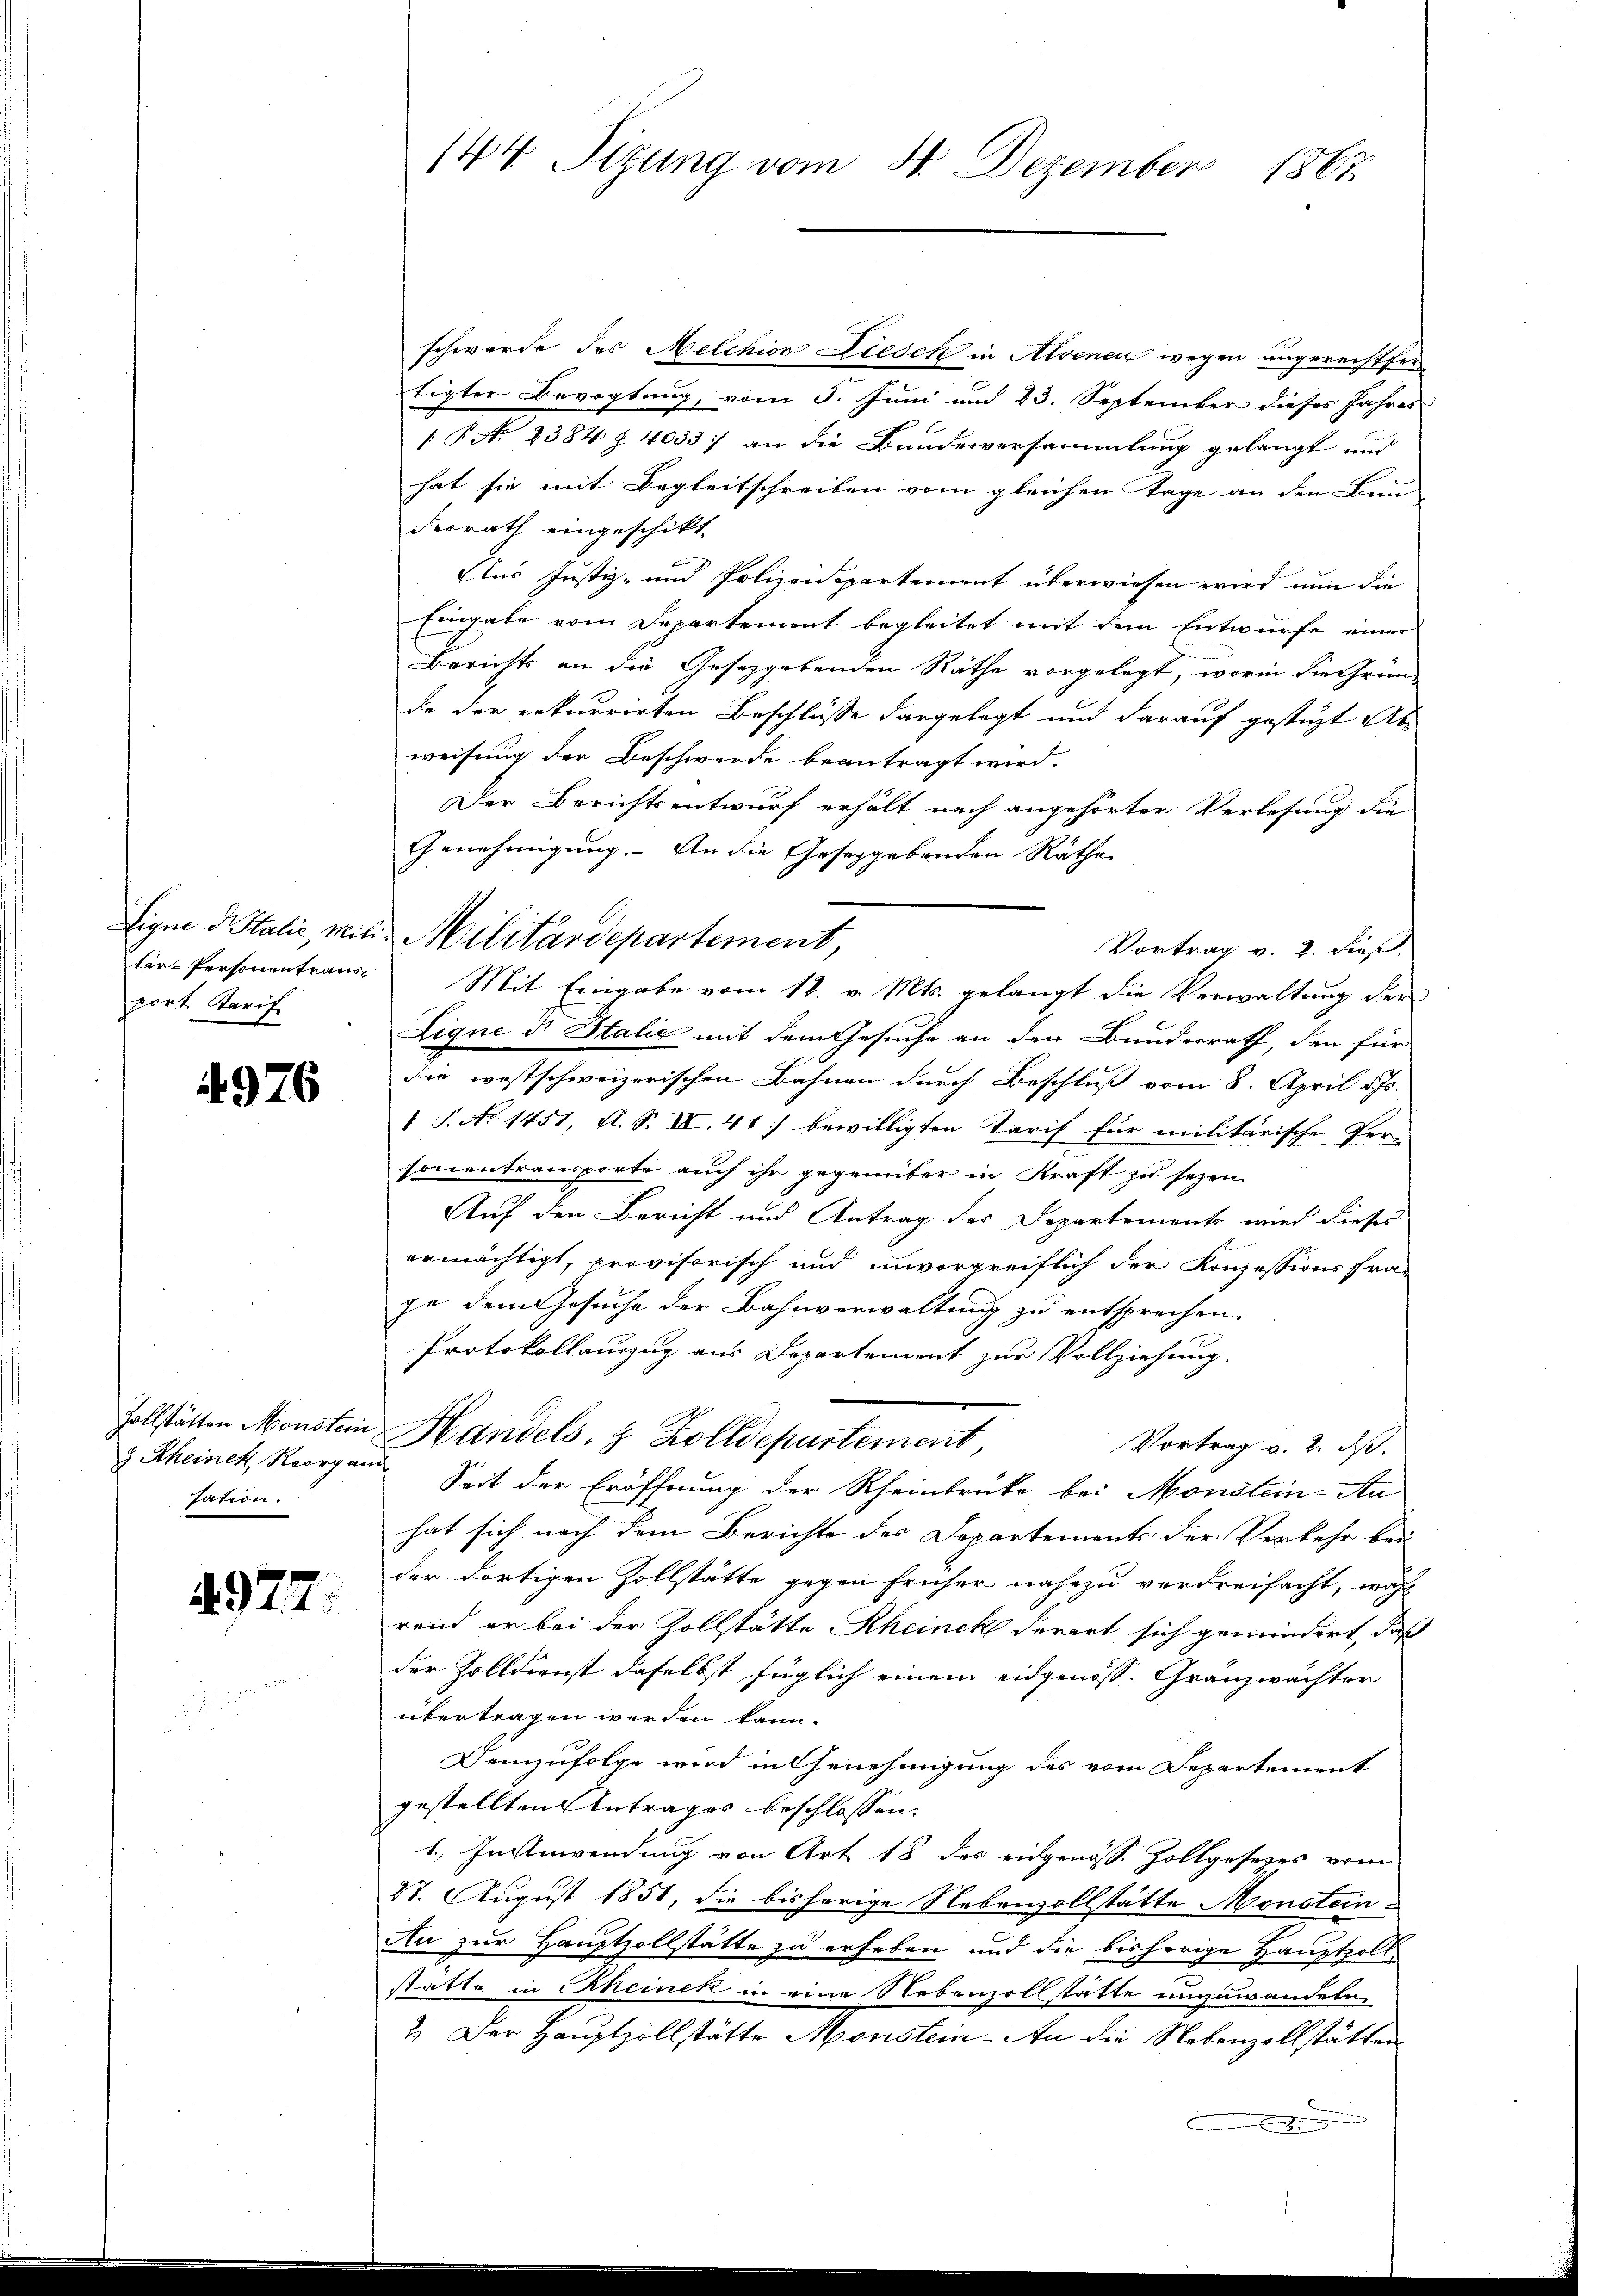
port Starif.

4976

Zollstätten Monstein
z Rheinek Reorge
Tation.

4977.

144 Sizung vom 31. Dezember
1867.

schwerde des Melchion Liesch in Alvene wegen ungerechtfertigter Bevogtung, vom 5. Juni und 23. September dieses Jahres
P No 2384 § 4033) an die Bundesversammlung gelangt und
hat sie mit Begleitschreiben vom gleichen Tage an den Bun-
Ferrath eingeschikt.
Aus Justiz- und Polizeidepartement überwiesen wird nun die
Eingabe vom Departement begleitet mit dem Entwurfe einer
Berichts an die Gesetzgebenden Räthe vorgelegt, worin die Gründe der rekurrirten Beschlüsse dargelegt und darauf gestüzt Abweisung der Beschwerde beantragt wird.
Der Berichtsentwurf erhält nach angehörter Verlesung die
Genehmigung. - An die Geseggebenden Räthe
Eigne d. Stalić, mit Militärdepartement,
Vortrag v. 2. dies
tin-Personentrang Mit Eingabe vom 12. v. Mts. gelangt die Verwaltung der
Ligne ds Italić mit dem Gesuche an den Bundesrath, den für
die westschweizerischen Bahnen durch Beschluß vom 8. April d. Js.
1 S. No 1451, A. S. II. 41) bewilligten Tarif für militärische Per-
sonentransporte auch ihr gegenüber in Kraft zu seyen.
Auf den Bericht und Antrag des Departements wird dieses
ermächtigt, provisorisch und unvorgreiflich der Konzessionsfra-
ge dem Gesuche der Bahnverwaltung zu entsprechen.
Protokollauszug aus Departement zur Vollziehung.
Handels- & Zolldepartement,
Vortrag v. 2. ds.
un Seit der Eröffnung der Rheinbrüke bei Monstein-An
hat sich nach dem Berichte des Departements der Verkehr bei
der dortigen Zollstätte gegen früher nahezu verdreifacht, währ
rend er bei der Zollstätte Rheinek derart sich gemindert, daß
der Zolldienst daselbst füglich einem eidgenöss. Gränzwächter
übertragen werden kann.
Demzufolge wird in Genehmigung des vom Departement
gestellten Antrages beschlossen:
1.) In Anwendung von Art 18 des eidgenöss. Zollgesezes vom
27. August 1851, die bisherige Nebenzollstätte Monstein¬
Au zur Hauptzollstätte zu erheben und die bisherige Hauptpollstatte in Rheinek in eine Nebenzollstätte unzuwandeln
2. Der Hauptzollstätte Monstein - An die Nebenzollstätten
.